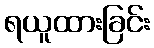
ရယူထားခြင်း